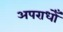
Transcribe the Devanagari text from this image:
अपराधोँ